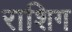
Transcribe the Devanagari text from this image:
राशिग